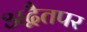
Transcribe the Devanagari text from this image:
अद्वैतपर